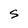
Character: S